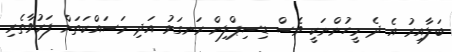
ބަލާއިރު އެ ދެ މީހުންނަކީ ވެސް ޑިސިޕްލިން ރަނގަޅު އަދި މަސައްކަތަށް ފަރުވާތެރި